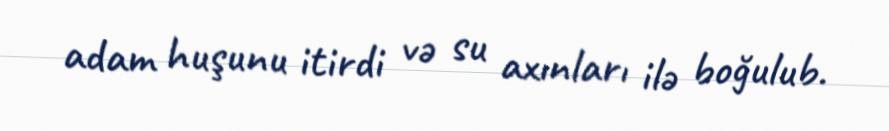
adam huşunu itirdi və su axınları ilə boğulub.